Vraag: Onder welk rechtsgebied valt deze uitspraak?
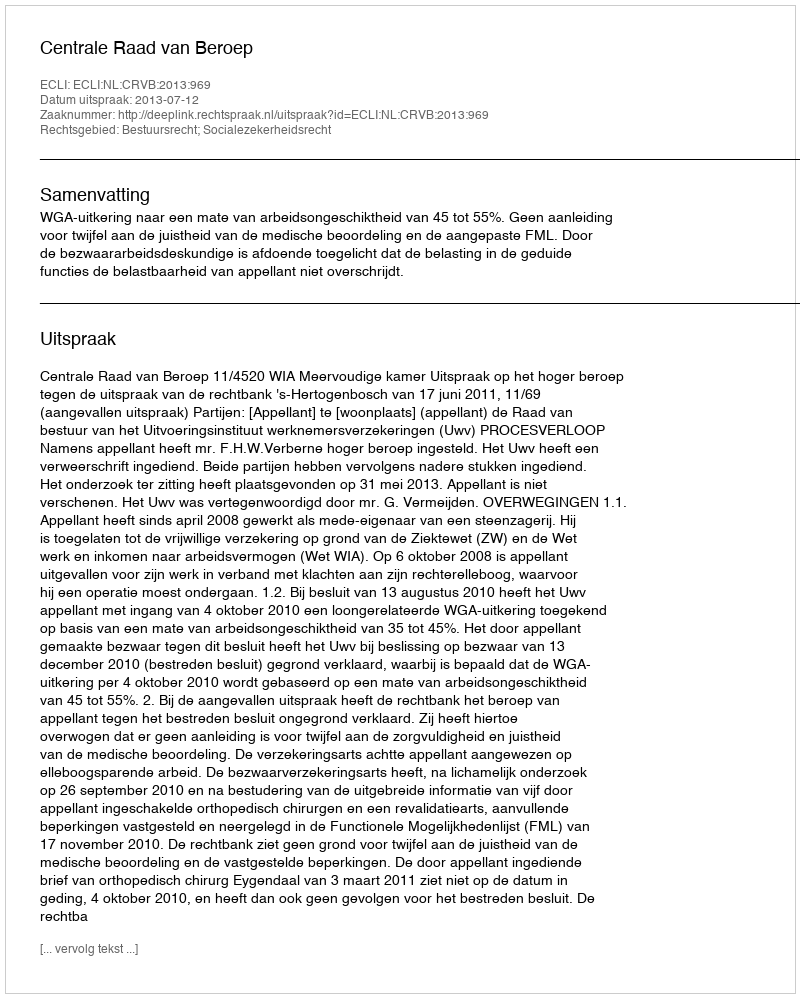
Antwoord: Bestuursrecht; Socialezekerheidsrecht